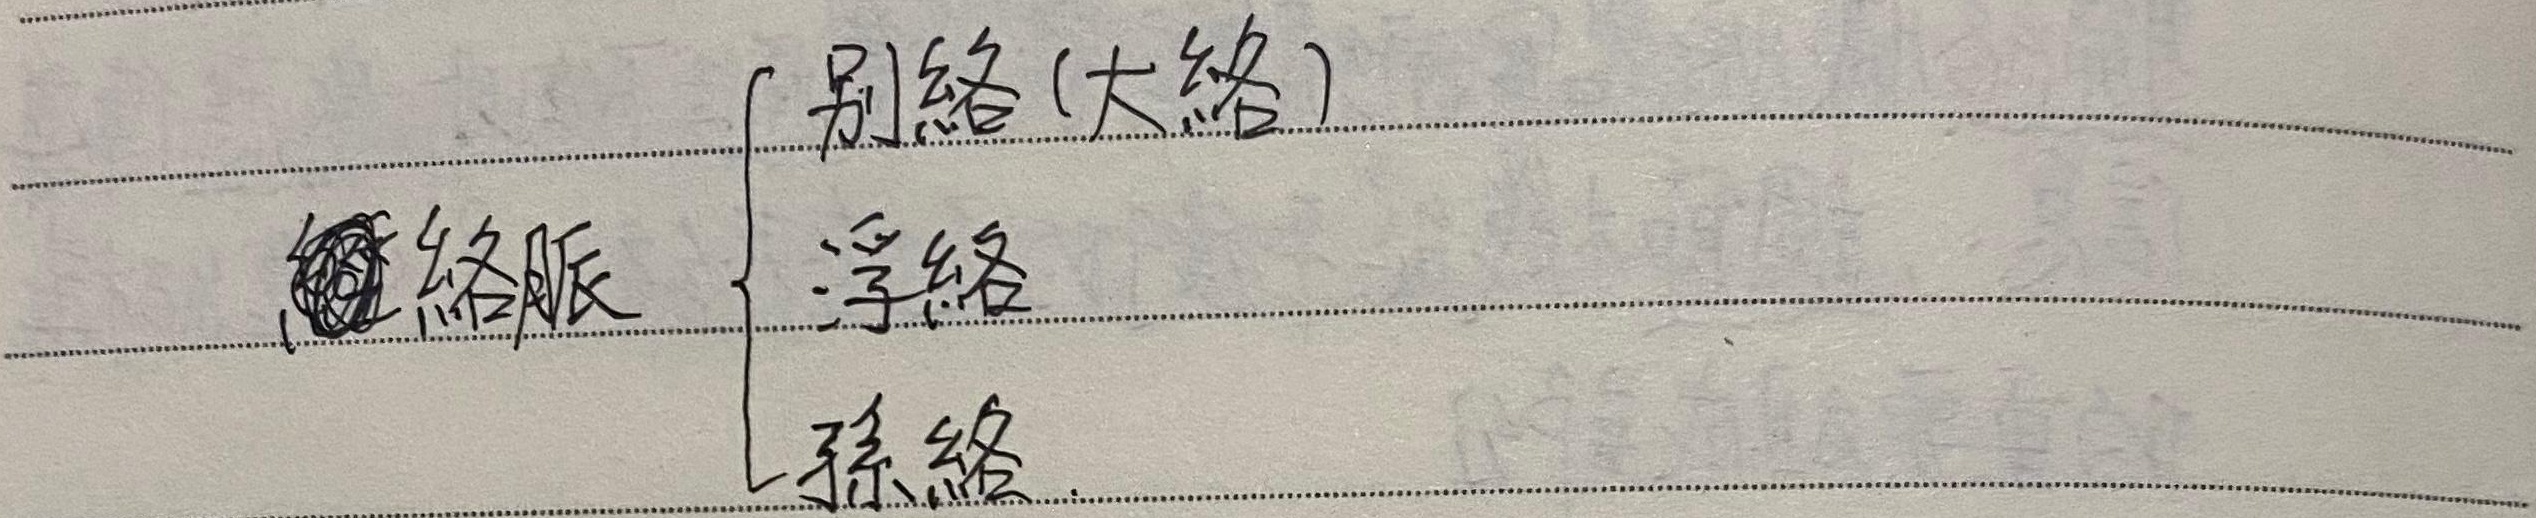
絡脈
\[
\begin{cases}
\text{别絡(大絡)} \\
\text{浮絡} \\
\text{孫絡}
\end{cases}
\]